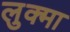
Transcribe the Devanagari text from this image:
लुक्मा